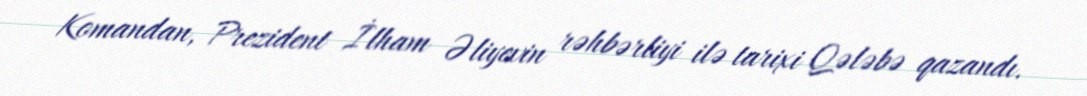
Komandan, Prezident İlham Əliyevin rəhbərliyi ilə tarixi Qələbə qazandı.